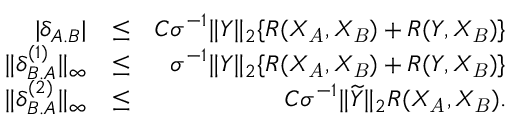
\begin{array} { r l r } { | \delta _ { A . B } | } & { \leq } & { C \sigma ^ { - 1 } \| Y \| _ { 2 } \{ R ( X _ { \mathit { A } } , X _ { \mathit { B } } ) + R ( Y , X _ { \mathit { B } } ) \} } \\ { \| \delta _ { B . A } ^ { ( 1 ) } \| _ { \infty } } & { \leq } & { \sigma ^ { - 1 } \| Y \| _ { 2 } \{ R ( X _ { \mathit { A } } , X _ { \mathit { B } } ) + R ( Y , X _ { \mathit { B } } ) \} } \\ { \| \delta _ { B . A } ^ { ( 2 ) } \| _ { \infty } } & { \leq } & { C \sigma ^ { - 1 } \| \widetilde { Y } \| _ { 2 } R ( X _ { \mathit { A } } , X _ { \mathit { B } } ) . } \end{array}